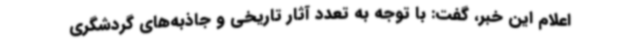
اعلام این خبر، گفت: با توجه به تعدد آثار تاریخی و جاذبه‌های گردشگری